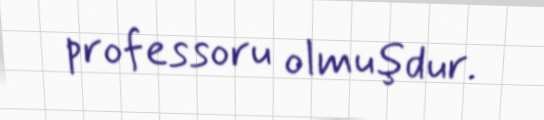
professoru olmuşdur.